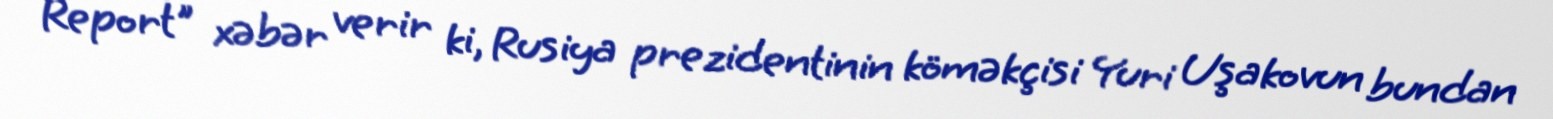
Report" xəbər verir ki, Rusiya prezidentinin köməkçisi Yuri Uşakovun bundan